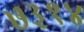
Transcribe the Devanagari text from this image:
७३१४